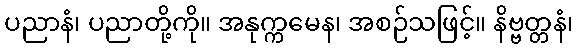
ပညာနံ၊ ပညာတို့ကို။ အနုက္ကမေန၊ အစဉ်သဖြင့်။ နိဗ္ဗတ္တနံ၊